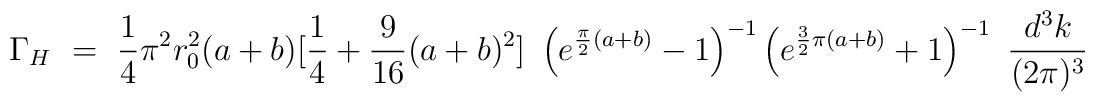
\Gamma_H~=~\frac14 \pi^2 r_0^2 (a+b) [\frac14 + \frac{9}{16} (a+b)^2]~\left(e^{\frac{\pi}{2} (a+b)} -1 \right)^{-1} \left( e^{\frac32 \pi(a+b)} + 1\right)^{-1}~\frac{d^3k}{(2\pi)^3}